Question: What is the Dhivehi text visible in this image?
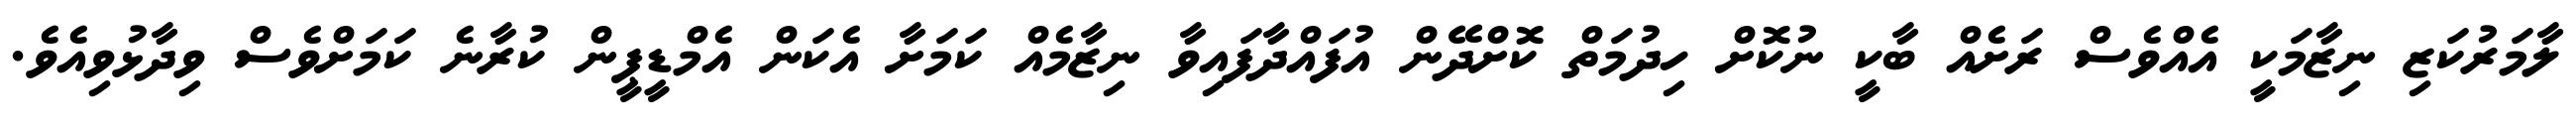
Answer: ލާމަރުކަޒި ނިޒާމަކީ އެއްވެސް ރަށެއް ބާކީ ނުކޮށް ހިދުމަތް ކޮށްދޭން އުފައްދާފައިވާ ނިޒާމެއް ކަމަށާ އެކަން އެމްޑީޕީން ކުރާނެ ކަމަށްވެސް ވިދާޅުވިއެވެ.